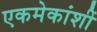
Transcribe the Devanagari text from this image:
एकमेकांशीं